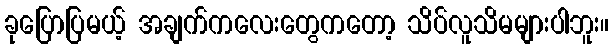
ခုပြောပြမယ့် အချက်ကလေးတွေကတော့ သိပ်လူသိမများပါဘူး။